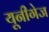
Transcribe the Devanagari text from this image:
यूनीगेज